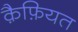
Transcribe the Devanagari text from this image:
क़ैफ़ियत